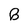
Character: B